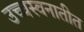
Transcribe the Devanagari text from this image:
उच्चस्वनातीत